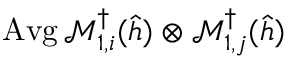
\operatorname { A v g } \mathcal { M } _ { 1 , i } ^ { \dag } ( \hat { h } ) \otimes \mathcal { M } _ { 1 , j } ^ { \dag } ( \hat { h } )